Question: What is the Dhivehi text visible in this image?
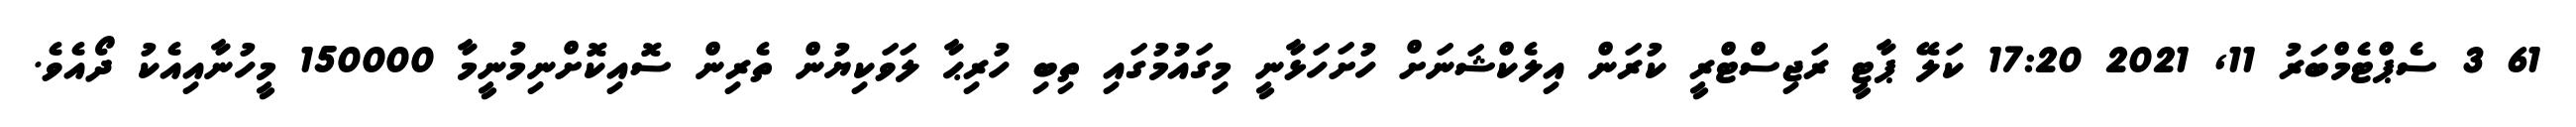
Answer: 61 3 ސެޕްޓެމްބަރު 11, 2021 17:20 ކަލޭ ޕާޓީ ރަޖިސްޓްރީ ކުރަން އިލެކްޝަނަށް ހުށަހަޅާނީ މިގައުމުގައި ތިބި ހުރިޙާ ލަވަކިޔުން ތެރިން ސޮއިކޮށްނިމުނީމާ 150000 މީހުނާއިއެކު ދޯއެވެ.